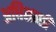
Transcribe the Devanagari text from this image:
अधिशाशी